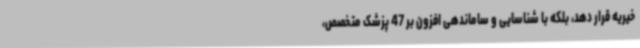
خیریه قرار دهد، بلکه با شناسایی و ساماندهی افزون بر 47 پزشک متخصص،